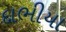
દાભીયા